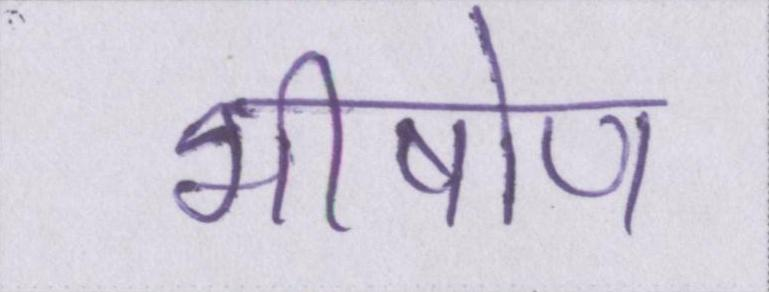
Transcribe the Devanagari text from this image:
भीषोण